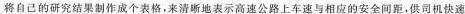
将自己的研究结果制作成个表格，来清晰地表示高速公路上车速与相应的安全间距，供司机快速